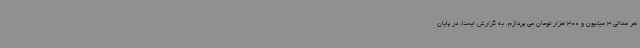
هر مدالی 3 میلیون و 300 هزار تومان می پردازم. به گزارش ایسنا، در پایان